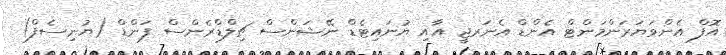
އޮފް އެންވަޔަރަންމަންޓް އެންޑް އެނަރޖީ އާއި ޔުނައިޓެޑް ނޭޝަންސް ޗިލްޑްރެންސް ފަންޑް (ޔުނިސެފް)